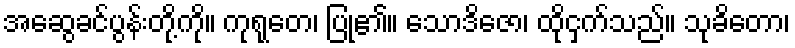
အဆွေခင်ပွန်းတို့ကို။ ကုရုတေ၊ ပြု၏။ သောဒိဇော၊ ထိုငှက်သည်။ သုခိတော၊